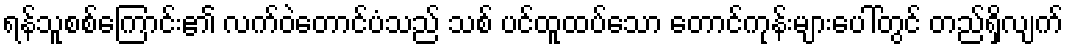
ရန်သူစစ်ကြောင်း၏ လက်ဝဲတောင်ပံသည် သစ် ပင်ထူထပ်သော တောင်ကုန်းများပေါ်တွင် တည်ရှိလျက်